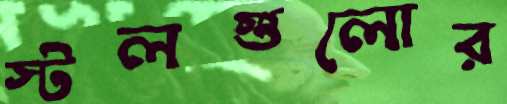
স্টলগুলোর